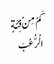
کَمْ مِنْ فِئَةٍ
الْرُّعْبَ